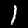
Digit: 1